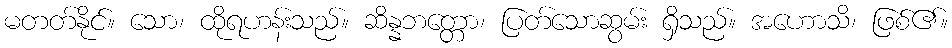
မတတ်နိုင်။ သော၊ ထိုရဟန်းသည်။ ဆိန္နဘတ္တော၊ ပြတ်သောဆွမ်း ရှိသည်။ အဟောသိ၊ ဖြစ်၏။